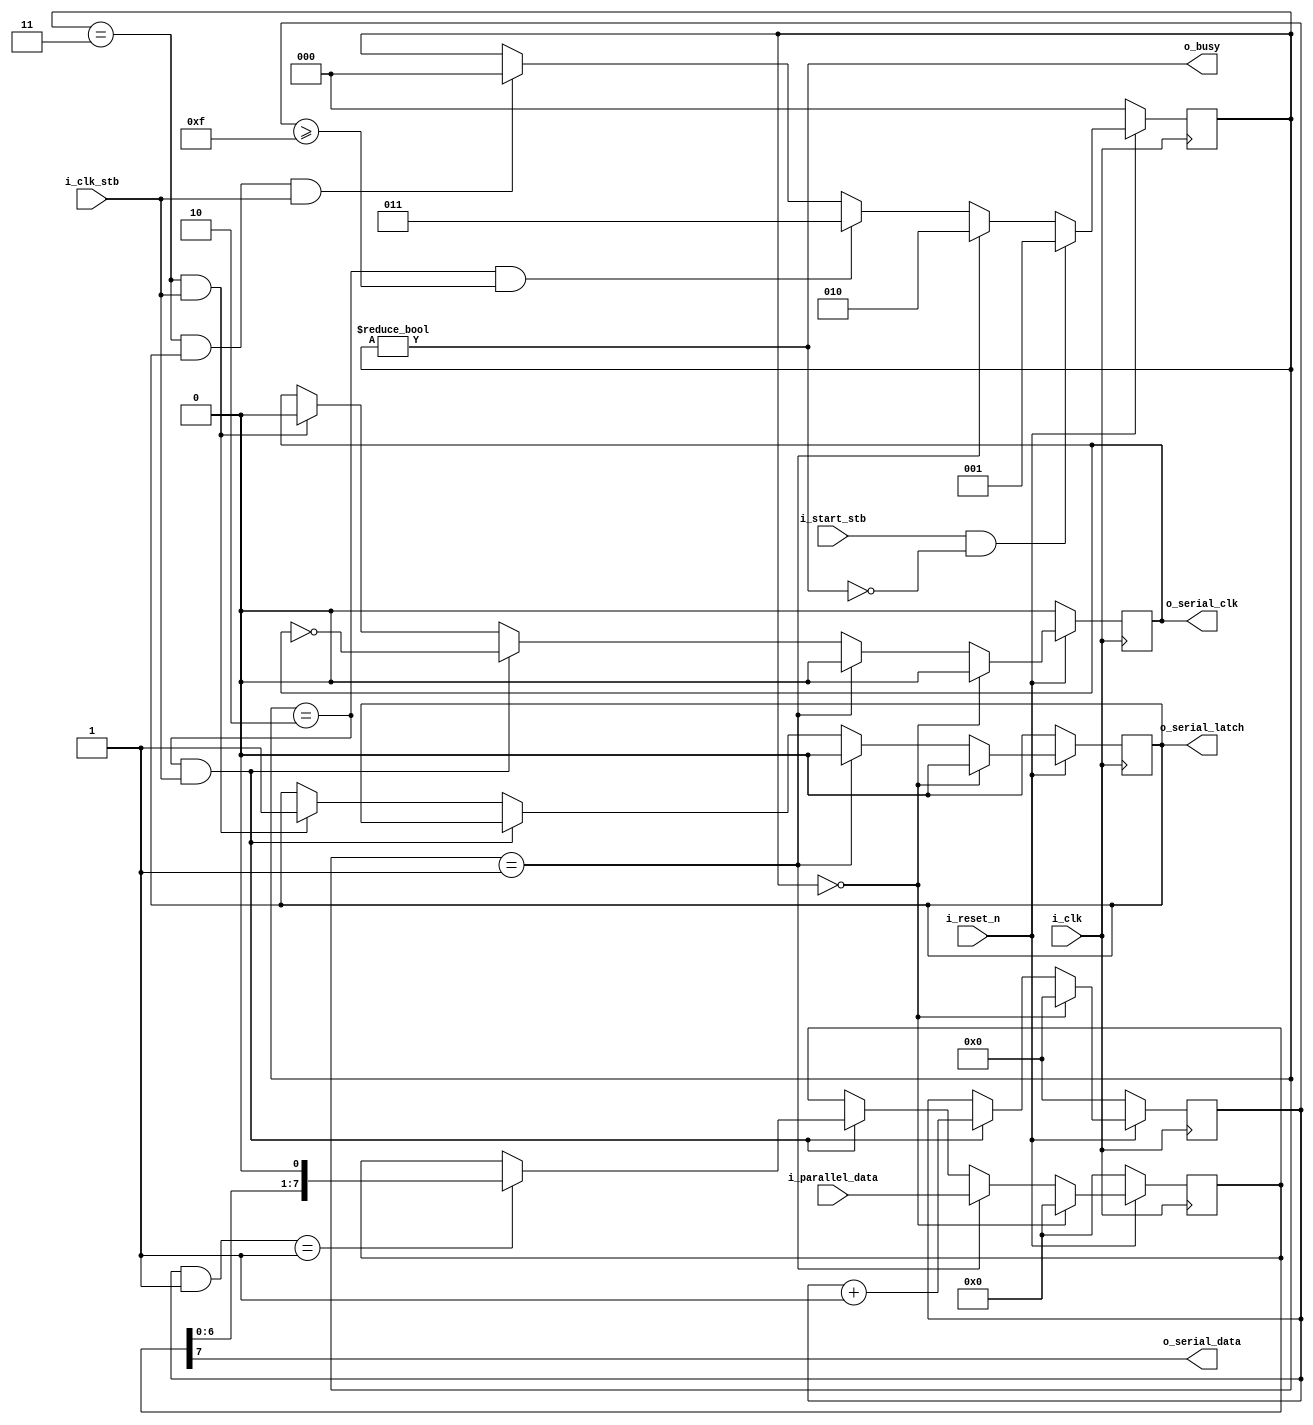
/*
 * shift_register.v
 * general purpose shift register for outputing data serialy
 */

`timescale 1ns / 1ns
`default_nettype none

module shift_register (
    // control interface
    i_reset_n,   // syncronous reset
    i_clk,       // system clock
    i_clk_stb,   // slowed down "serial clock" pulse used to incriment state
    i_start_stb, // start transfer pulse
    o_busy,      // output to signal that we are processing a request

    // input data
    i_parallel_data,
    
    // output shift register
    o_serial_data,
    o_serial_clk,
    o_serial_latch
);
parameter WIDTH = 8;

input  wire i_reset_n;
input  wire i_clk;
input  wire i_clk_stb;
input  wire i_start_stb;
output wire o_busy;

input wire [WIDTH-1:0] i_parallel_data;

output wire o_serial_data;
output wire o_serial_clk;
output wire o_serial_latch;

localparam IDLE     = 0;
localparam LOAD     = 1;
localparam TRANSFER = 2;
localparam LATCH    = 3;
reg [2:0] state;

reg [2*WIDTH:0] transfer_state;

// we need to update our data output on the falling edge of the clock for
// maximum setup/hold time for the external latch. To do this, we will make
// our state register have 2x the number of states as our data (8-bits), then
// we will update our data on the odd pulses, and the data on the even ones.

// Our system clock is probably too fast for the output shift registers, so we
// will have to slow it down a bit by using the "i_clk_stb" signal, which is
// a pulse at a slower clock rate for the serial output.

always @(posedge i_clk) begin
    if (!i_reset_n) begin 
	state <= IDLE;
    end
    // start the transfer sequence if we get a start signal and we aren't busy
    else if ((i_start_stb) && (!o_busy)) begin
	state <= LOAD;
    end
    // immediately go to the transfer state after loading the data
    else if (state == LOAD) begin 
	state <= TRANSFER;
    end
    // if we are currently transfering the last bit go back to the idle state
    else if ((state == TRANSFER) && (transfer_state >= 2*WIDTH-1) ) begin
	state <= LATCH;
    end
    else if ((state == LATCH) && o_serial_latch && i_clk_stb) begin 
	state <= IDLE;
    end
end

always @(posedge i_clk) begin 
    if (!i_reset_n) begin 
	transfer_state <= 0;
    end
    else if (state == IDLE) begin 
	transfer_state <= 0;
    end
    else if((state == TRANSFER) && i_clk_stb) begin
	transfer_state <= transfer_state + 1;
    end
end

reg serial_clk;
reg serial_latch;
reg [WIDTH-1:0] serial_data;

always @(posedge i_clk) begin 
    if (!i_reset_n) begin 
	serial_clk   <= 0;
	serial_latch <= 0;
	serial_data  <= 0;
    end
    else if (state == IDLE) begin
	serial_clk   <= 0;
	serial_latch <= 0;
	serial_data  <= 0;
    end
    else if (state == LOAD) begin 
	serial_clk   <= 0;
	serial_latch <= 0;
	serial_data  <= i_parallel_data;
    end
    else if ((state == TRANSFER) && (i_clk_stb)) begin 
	serial_clk <= ~serial_clk;
	if ((transfer_state & 1) == 1) begin 
	    // shift data out MSB first
	    serial_data <= {serial_data[WIDTH-2:0], 1'b0};
	end

    end
    else if ((state == LATCH) && (i_clk_stb)) begin 
	serial_clk   <= 0;
	serial_latch <= 1;
    end
end

assign o_busy = state != IDLE;
assign o_serial_data = serial_data[WIDTH-1];
assign o_serial_clk = serial_clk;
assign o_serial_latch = serial_latch;

endmodule